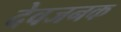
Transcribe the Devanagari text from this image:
देवजनक